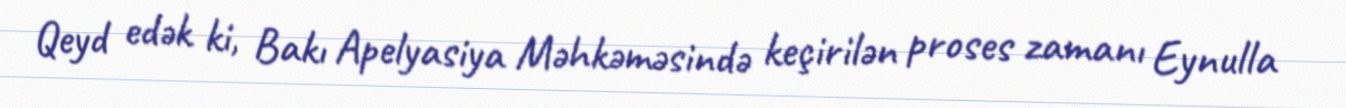
Qeyd edək ki, Bakı Apelyasiya Məhkəməsində keçirilən proses zamanı Eynulla